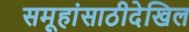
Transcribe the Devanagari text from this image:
समूहांसाठीदेखिल